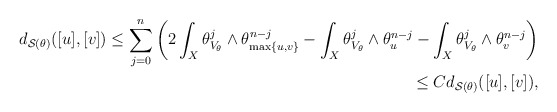
\begin{align*}d_{\mathcal{S}(\theta)}([u],[v]) \le \sum_{j=0}^n \bigg( 2 \int_X \theta_{V_\theta}^j \wedge \theta_{\max\{u,v\}}^{n-j} - \int_X \theta_{V_\theta}^j \wedge \theta_u^{n-j}-\int_X \theta_{V_\theta}^j \wedge \theta_v^{n-j} \bigg)\\\le C d_{\mathcal{S}(\theta)}([u],[v]),\end{align*}